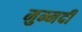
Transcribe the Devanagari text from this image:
मुम्मदी